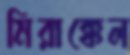
মিরাক্কেল